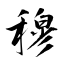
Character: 穆